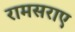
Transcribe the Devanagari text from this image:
रामसराए